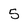
Character: 5